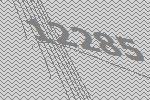
12285